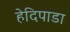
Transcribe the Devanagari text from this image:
हेदिपाडा